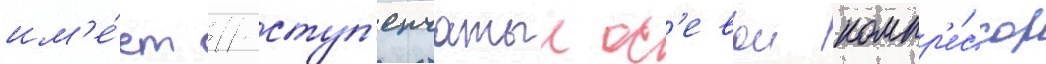
им'е́ет 11-ступ'енчатыи ос'евои компр'е́ссор